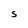
Character: S